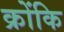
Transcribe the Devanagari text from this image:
क्रोंकि